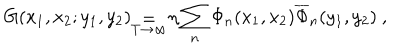
LaTeX: G ( x _ { 1 } , x _ { 2 } ; y _ { 1 } , y _ { 2 } ) _ { \stackrel { { \displaystyle = } } { T \rightarrow \infty } } \eta \sum _ { n } \Phi _ { n } ( x _ { 1 } , x _ { 2 } ) \overline { { \Phi } } _ { n } ( y _ { 1 } , y _ { 2 } ) \ ,